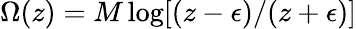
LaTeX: \Omega(z)=M\log[(z-\epsilon)/(z+\epsilon)]